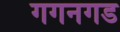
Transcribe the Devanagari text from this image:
गगनगड